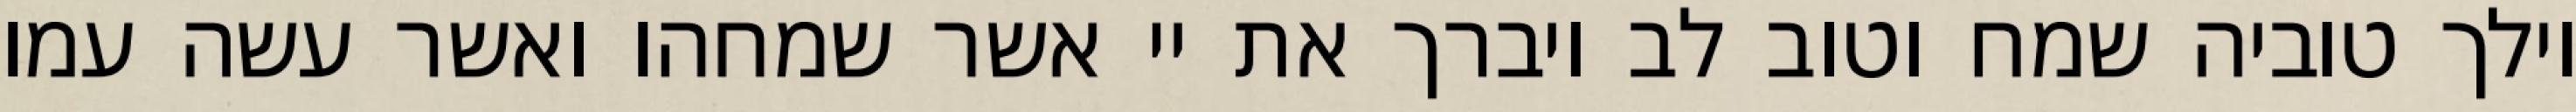
וילך טוביה שמח וטוב לב ויברך את יי אשר שמחהו ואשר עשה עמו